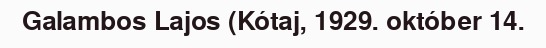
Galambos Lajos (Kótaj, 1929. október 14.